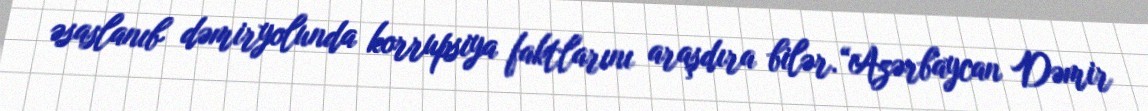
əsaslanıb dəmiryolunda korrupsiya faktlarını araşdıra bilər.“Azərbaycan Dəmir